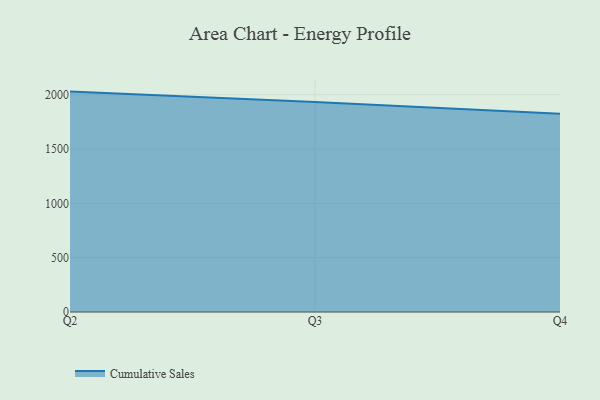
{"axis": {"x": "Quarter", "y": "Tickets Resolved"}, "legend": ["Cumulative Sales"], "data": [{"x": "Q2", "y": 2028.8, "type": "Cumulative Sales"}, {"x": "Q3", "y": 1933.0, "type": "Cumulative Sales"}, {"x": "Q4", "y": 1824.3, "type": "Cumulative Sales"}]}